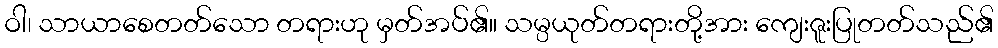
ဝါ၊ သာယာစေတတ်သော တရားဟု မှတ်အပ်၏။ သမ္ပယုတ်တရားတို့အား ကျေးဇူးပြုတတ်သည်၏